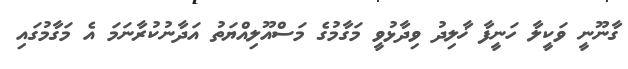
ގާނޫނީ ވަކީލާ ހަނީފާ ޚާލިދު ވިދާޅުވީ މަގާމުގެ މަސްއޫލިއްޔަތު އަދާނުކުރާނަމަ އެ މަގާމުގައި